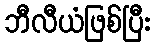
ဘီလီယံဖြစ်ပြီး